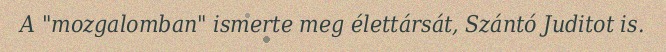
A "mozgalomban" ismerte meg élettársát, Szántó Juditot is.